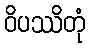
ဝိပဿိတုံ